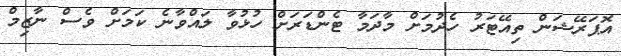
އޮޕަރޭޝަން ތިއޭޓަރު ހެދުމަށް މާދަމާ ޓެންޑަރަށް ހުޅުވާ ލައްވާނެ ކަމަށް ވެސް ނާޒިމް